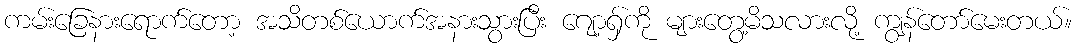
ကမ်းခြေနားရောက်တော့ အသိတစ်ယောက်အနားသွားပြီး ဂျော့ရှ်ကို များတွေ့မိသလားလို့ ကျွန်တော်မေးတယ်။